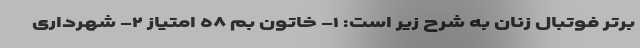
برتر فوتبال زنان به شرح زیر است: ١- خاتون بم ٥٨ امتیاز ٢- شهرداری